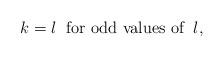
LaTeX: \begin{align*}k=l\;\; \hbox{for odd values of}\;\; l,\end{align*}